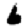
Digit: 6